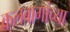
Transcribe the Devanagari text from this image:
कलबागांच्या